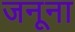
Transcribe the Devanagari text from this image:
जनूना